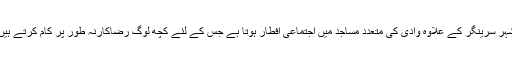
شہر سرینگر کے علاوہ وادی کی متعدد مساجد میں اجتماعی افطار ہوتا ہے جس کے لئے کچھ لوگ رضاکارنہ طور پر کام کرتے ہیں۔